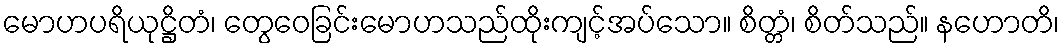
မောဟပရိယုဋ္ဌိတံ၊ တွေဝေခြင်းမောဟသည်ထိုးကျင့်အပ်သော။ စိတ္တံ၊ စိတ်သည်။ နဟောတိ၊